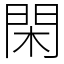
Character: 閑